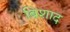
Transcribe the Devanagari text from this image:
बिशाद